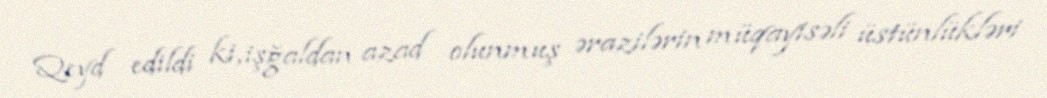
Qeyd edildi ki, işğaldan azad olunmuş ərazilərin müqayisəli üstünlükləri